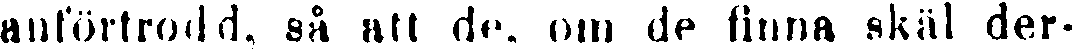
anförtrodd, så att de, om de finna skäl der-